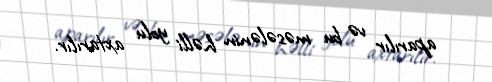
aparılır və bu məsələnin həlli yolu axtarılır.